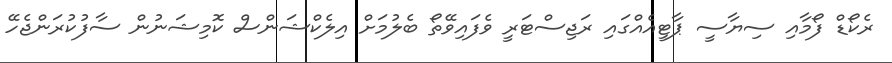
ރެކޯޑް ފޯމާއި ސިޔާސީ ޕާޓީއެއްގައި ރަޖިސްޓަރީ ވެފައިވޭތޯ ބެލުމަށް އިލެކްޝަންސް ކޮމިޝަނުން ސާފުކުރަންޖެހޭ